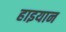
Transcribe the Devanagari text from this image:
हाइयान